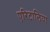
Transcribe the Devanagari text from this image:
एरिटालिया